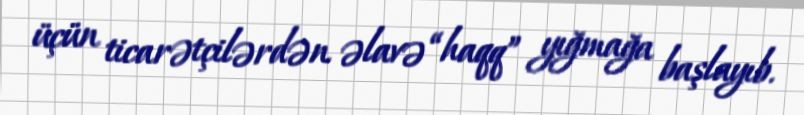
üçün ticarətçilərdən əlavə “haqq” yığmağa başlayıb.